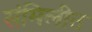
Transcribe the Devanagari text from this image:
संमिलीत